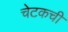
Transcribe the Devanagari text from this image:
चेटकची